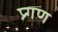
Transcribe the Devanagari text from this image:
प्र्गण